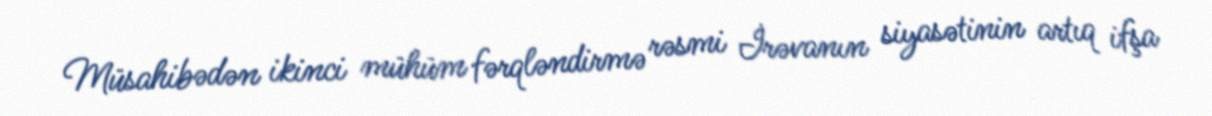
Müsahibədən ikinci mühüm fərqləndirmə rəsmi İrəvanın siyasətinin artıq ifşa